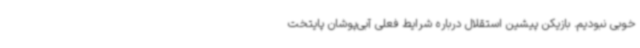
خوبی نبودیم. بازیکن پیشین استقلال درباره شرایط فعلی آبی‌پوشان پایتخت